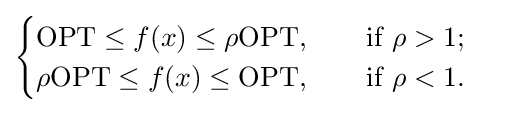
{\begin{cases}\mathrm {OPT} \leq f(x)\leq \rho \mathrm {OPT} ,\qquad {\mbox{if }}\rho >1;\\\rho \mathrm {OPT} \leq f(x)\leq \mathrm {OPT} ,\qquad {\mbox{if }}\rho <1.\end{cases}}